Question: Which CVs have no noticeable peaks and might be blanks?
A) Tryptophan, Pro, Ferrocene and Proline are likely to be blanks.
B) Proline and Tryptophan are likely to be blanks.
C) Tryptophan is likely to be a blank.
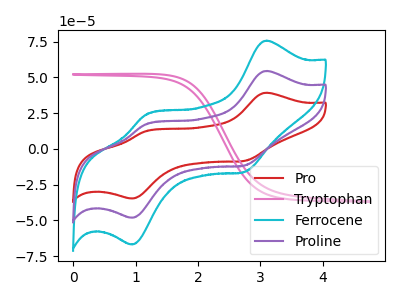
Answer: <think>The red curve "Pro" has anodic peaks at (3.10V, 39.25uA) (1.15V, 12.25uA) and cathodic peaks at (2.75V, -8.35uA) (0.95V, -34.65uA). The pink curve "Tryptophan" has no peaks. The cyan curve "Ferrocene" has anodic peaks at (3.10V, 108.95uA) (1.15V, 34.05uA) and cathodic peaks at (2.75V, -23.20uA) (0.95V, -96.20uA). The purple curve "Proline" has anodic peaks at (3.10V, 54.50uA) (1.15V, 17.05uA) and cathodic peaks at (2.75V, -11.60uA) (0.95V, -48.10uA).</think>
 <answer>C) "Tryptophan" is likely to be a blank.</answer>
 <eval>C</eval>